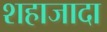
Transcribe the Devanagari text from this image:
शहाजादा